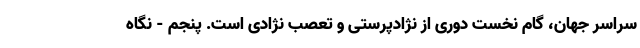
سراسر جهان، گام نخست دوری از نژادپرستی و تعصب نژادی است. پنجم - نگاه